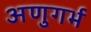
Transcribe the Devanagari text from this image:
अणुगर्भ